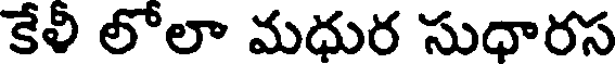
కేళి లోలా మధుర సుధారస